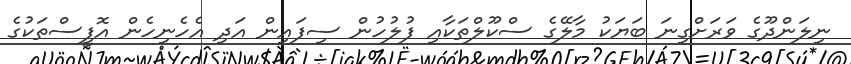
ނިލަންދޫގެ ވަރަށްގިނަ ބަޔަކު މާލޭގެ ސްކޫލްތަކާއި ފުލުހުން ސިފައިން އަދި އެހެނިހެން އޮފީސްތަކުގެ